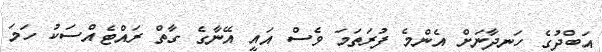
އަބްދުގެ ހަނދާނަށް އެންމެ ފުރަތަމަ ވެސް އައީ އޭނާގެ ގާތް ރައްޓެއްސަކު ހަމަ